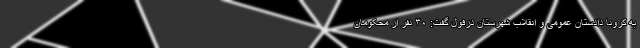
به کرونا دادستان عمومی و انقلاب شهرستان دزفول گفت: ۳۰ نفر از محکومان